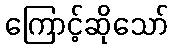
ကြောင့်ဆိုသော်